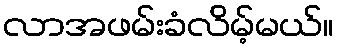
လာအဖမ်းခံလိမ့်မယ်။